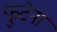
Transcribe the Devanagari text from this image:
फुटेना